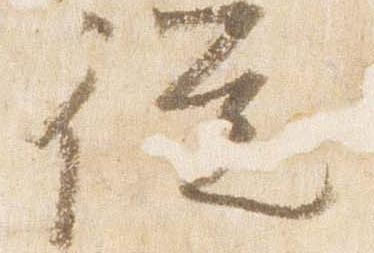
従